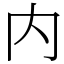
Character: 内